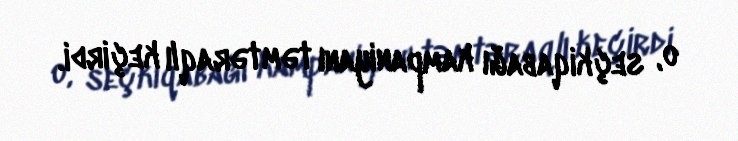
o, seçkiqabağı kampaniyanı təmtəraqlı keçirdi.